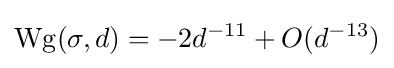
\operatorname {Wg} (\sigma ,d)=-2d^{-11}+O(d^{-13})